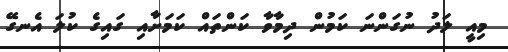
މިއީ ލަދު ނުގަންނަ ކަމުން ދިމާވާ ކަންތައް ކަމަށާއި ގައިގެ ކުލަ އެނގޭ